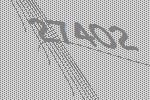
27402